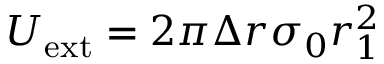
U _ { \mathrm { e x t } } = 2 \pi \Delta r \sigma _ { 0 } r _ { 1 } ^ { 2 }